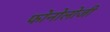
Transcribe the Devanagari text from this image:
फोनोलोजी